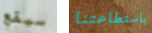
سيقع باستطاعتنا